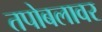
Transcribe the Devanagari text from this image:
तपोबलावर